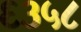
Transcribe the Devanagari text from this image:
६३५८